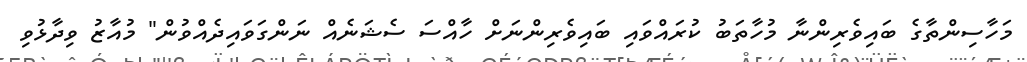
މަހާސިންތާގެ ބައިވެރިންނާ މުހާތަބު ކުރައްވައި ބައިވެރިންނަށް ހާއްސަ ސެޝަނެއް ނަންގަވައިދެއްވުން" މުއާޒު ވިދާޅުވި